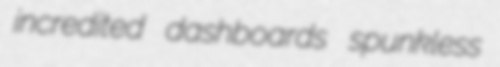
incredited dashboards spunkless